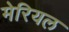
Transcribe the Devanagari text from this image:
मेरियल